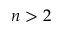
n > 2